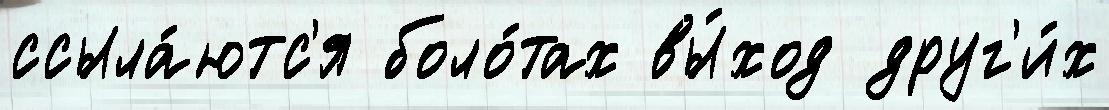
ссыла́ютс'я боло́тах вы́ход друг'и́х